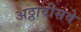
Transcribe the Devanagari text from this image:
अठ्ठावीसवे